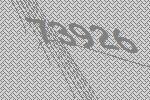
73926